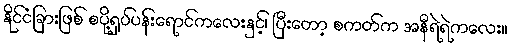
နိုင်ငံခြားဖြစ် စပို့ရှပ်ပန်းရောင်ကလေးနှင့်၊ ပြီးတော့ စကတ်က အနီရဲရဲကလေး။